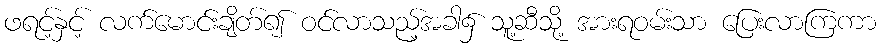
ဖရင့်နှင့် လက်မောင်းချိတ်၍ ဝင်လာသည့်အခါ၌ သူ့ဆီသို့ အားရဝမ်းသာ ပြေးလာကြကာ